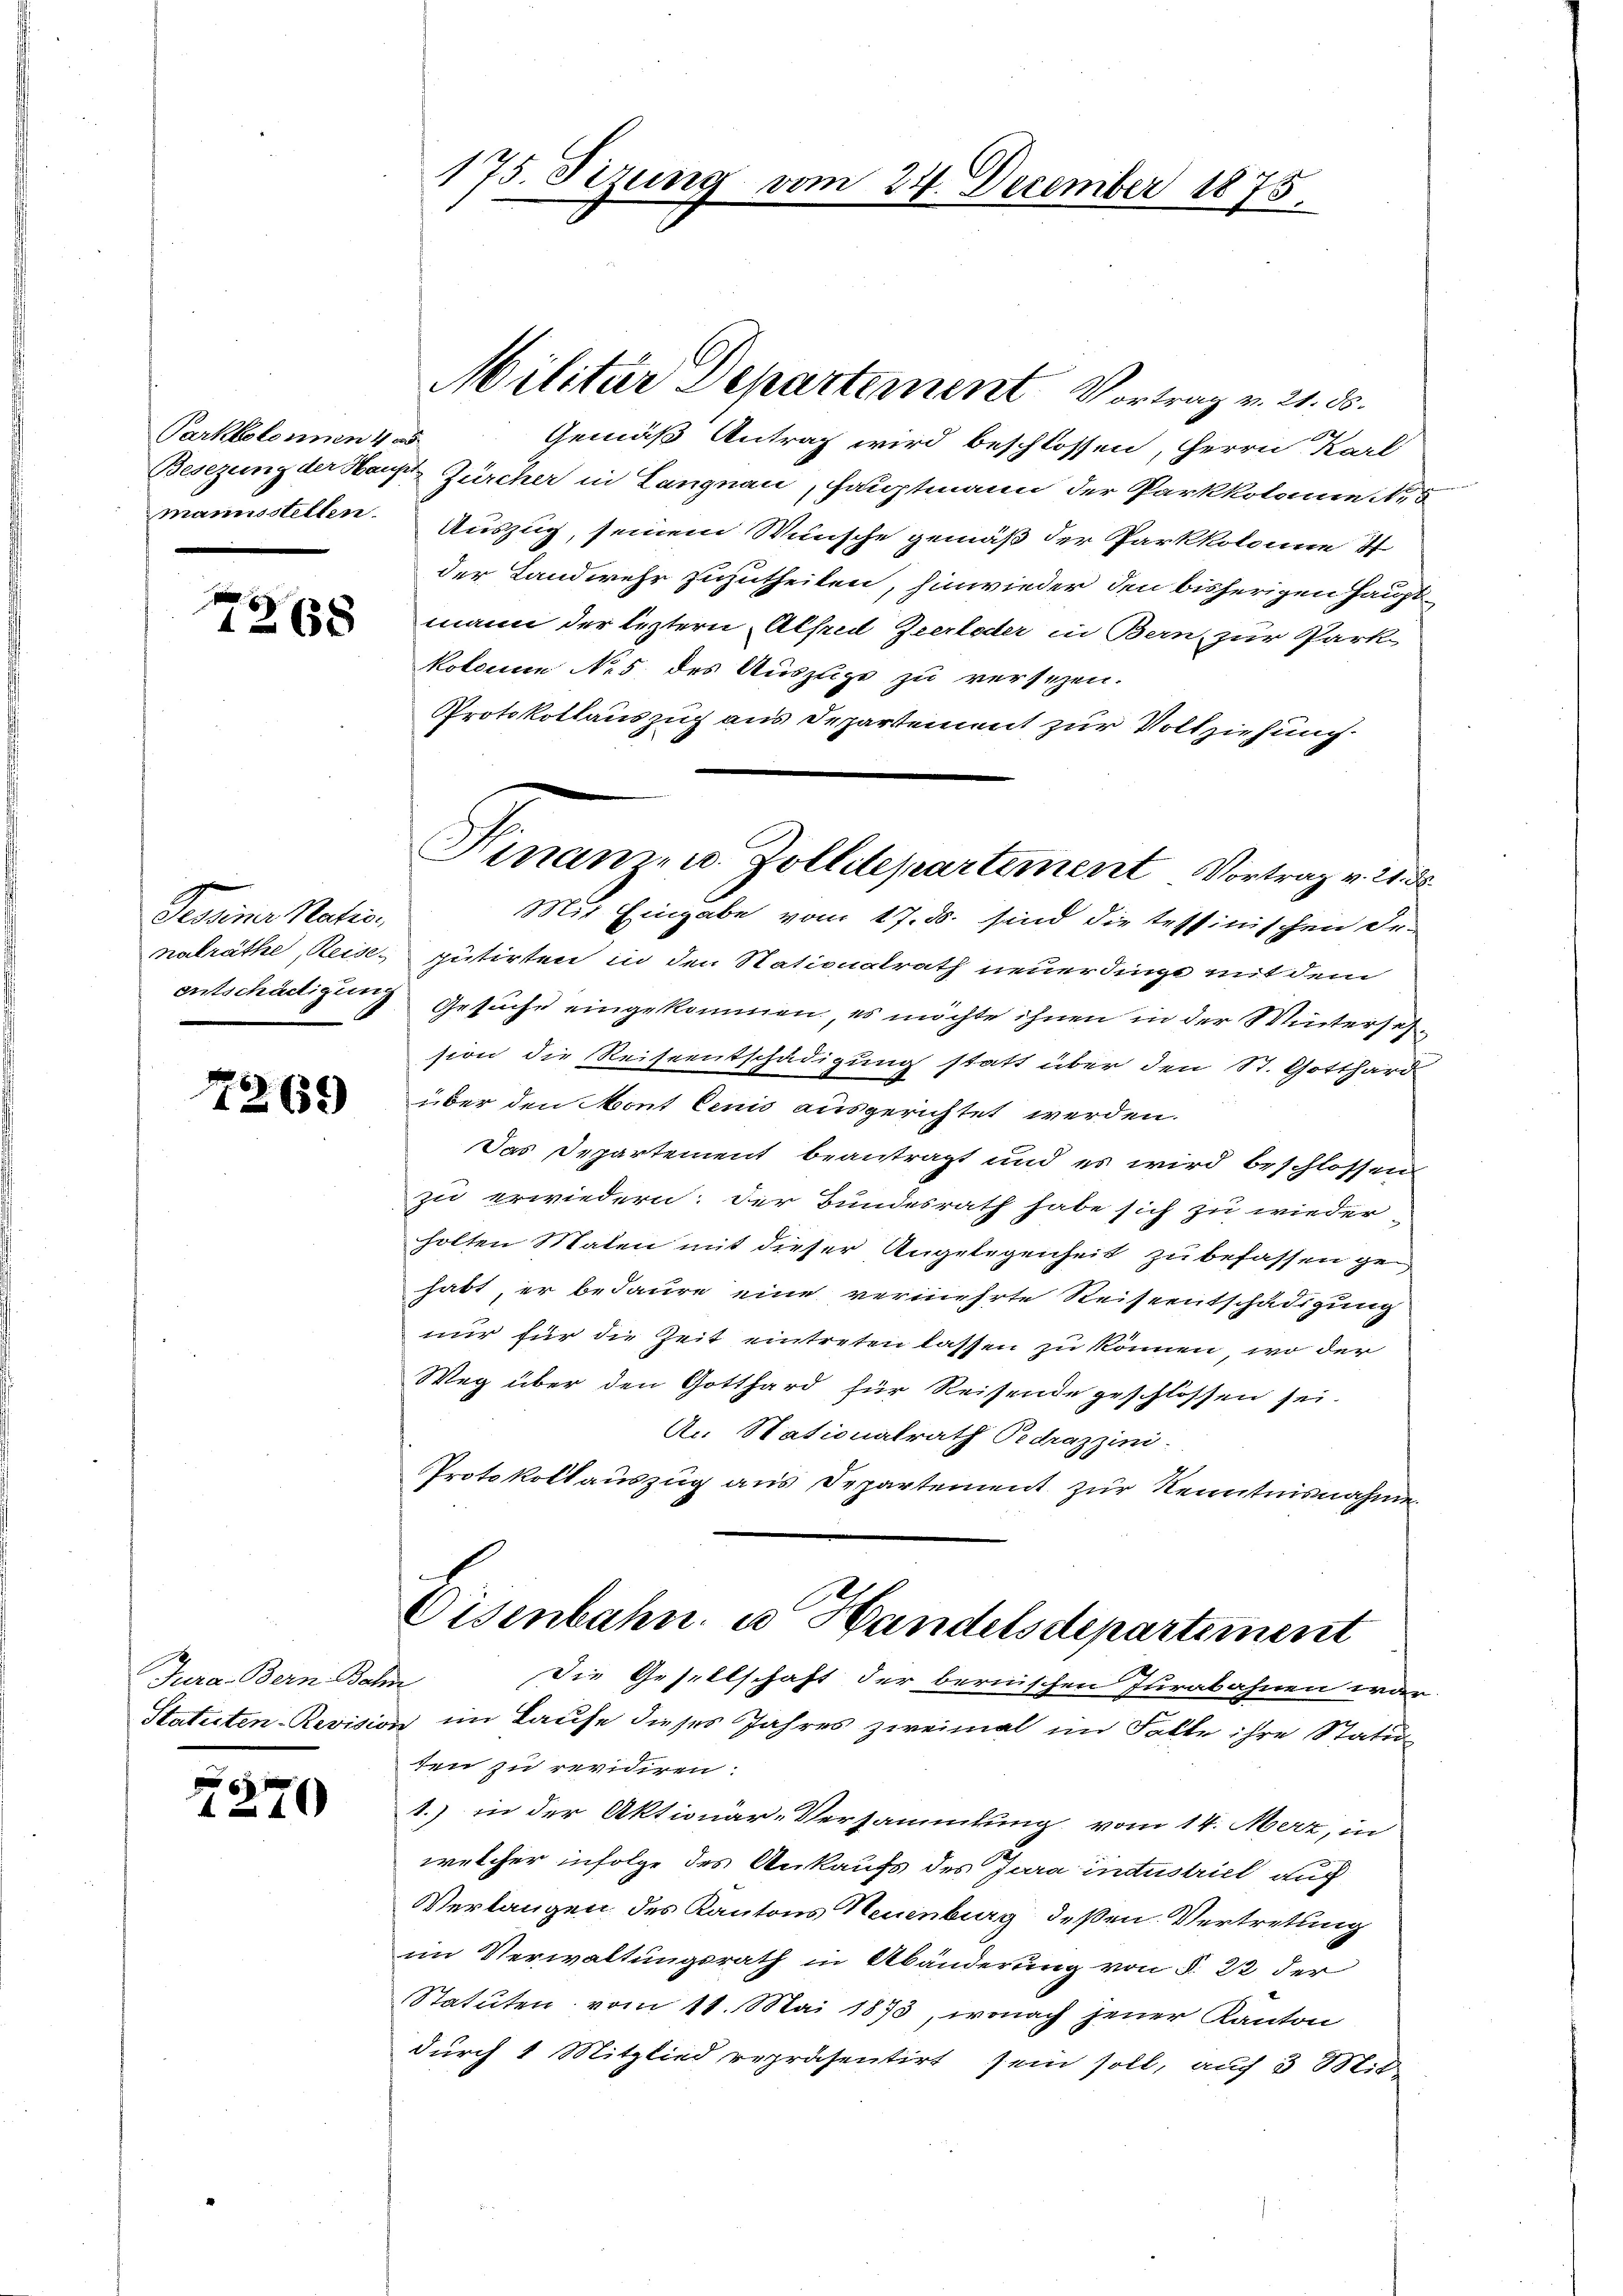
Parkbolonnen 4 05
mannsstellen.

2268

Pessiner Natio
nalräthe, Reise-

7269

Jura Bern Bahn
Statuten-Revisio

0 f 6 x
440

175. Sizung

Militar Departement Vortrag v. 21. 58.

m 24. December 1875.

Gemäß Antrag wird beschlossen, Herrn Karl
Besezung der Haupt- Zürcher in Langnau, Hauptmann der Parkkolame N. 3
Auszug, seinem Wünsche gemäß der Parkkolonne it
der Landwehr zuzutheilen, hinwieder den bisherigen Hauptmann der leztern Alfred Zeerleder in Bern, zur Park
kolonie No 5 des Auszuge zu versehen.
Protokollauszug aus Departement zur Vollziehung.
Mit Eingabe vom 17. ds. sind die tessinischen Fr.
putirten in den Stationalrath neuerdingt mit dem
entschädigung Gesuche eingekommen, es möchte ihnen in der Wintersehn
sion die Reiseentschädigung statt über den St. Gotthard
über den ont cenis ausgerichtet werden.
Das Departement beantragt und es wird beschlossen
zu erwiedern: Der Bundesrath habe sich zu wieder-
holten Malen mit dieser Angelegenheit zu befassen ge
habt, er bedaure eine vermehrte Reiseentschädigung
nur für die Zeit eintreten lassen zu können, wo der
Weg über den Gotthard für Reisende geschlossen sei.
An Stationalrath Oedrazzini.
Protokollauszug aus Departement zur Kenntnisnahme.
Disenbahn u Handelsdepartement
die Gesellschaft der bernischen Jurabahnen war
u im Laufe dieses Jahres zweimal im Falle ihre Statuten zu revidiren:
1.) in der Aktionar-Versammlung vom 14. Merz, in
welcher infolge des Ankaufs des Jura industriel auch
Verlangen des Kantons Neuenburg deßen Vertretung
im Verwaltungsrath in Abänderung von § 22 der
Statuten vom 11. Mai 1873, wonach jener Kanton
durch 1 Mitglied repräsentirt sein soll, auch 3 Mit-

Sinam u. Zollitepartement Vortrag v. 21. d.